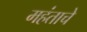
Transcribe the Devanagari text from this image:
महंताचे